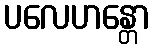
ပလေဟန္တော